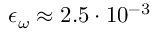
\epsilon _ { \omega } \approx 2 . 5 \cdot 1 0 ^ { - 3 }